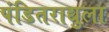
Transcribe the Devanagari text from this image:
पंडितराद्युला